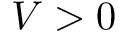
V > 0